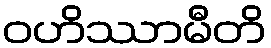
ဝဟိဿာမီတိ